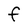
Character: F